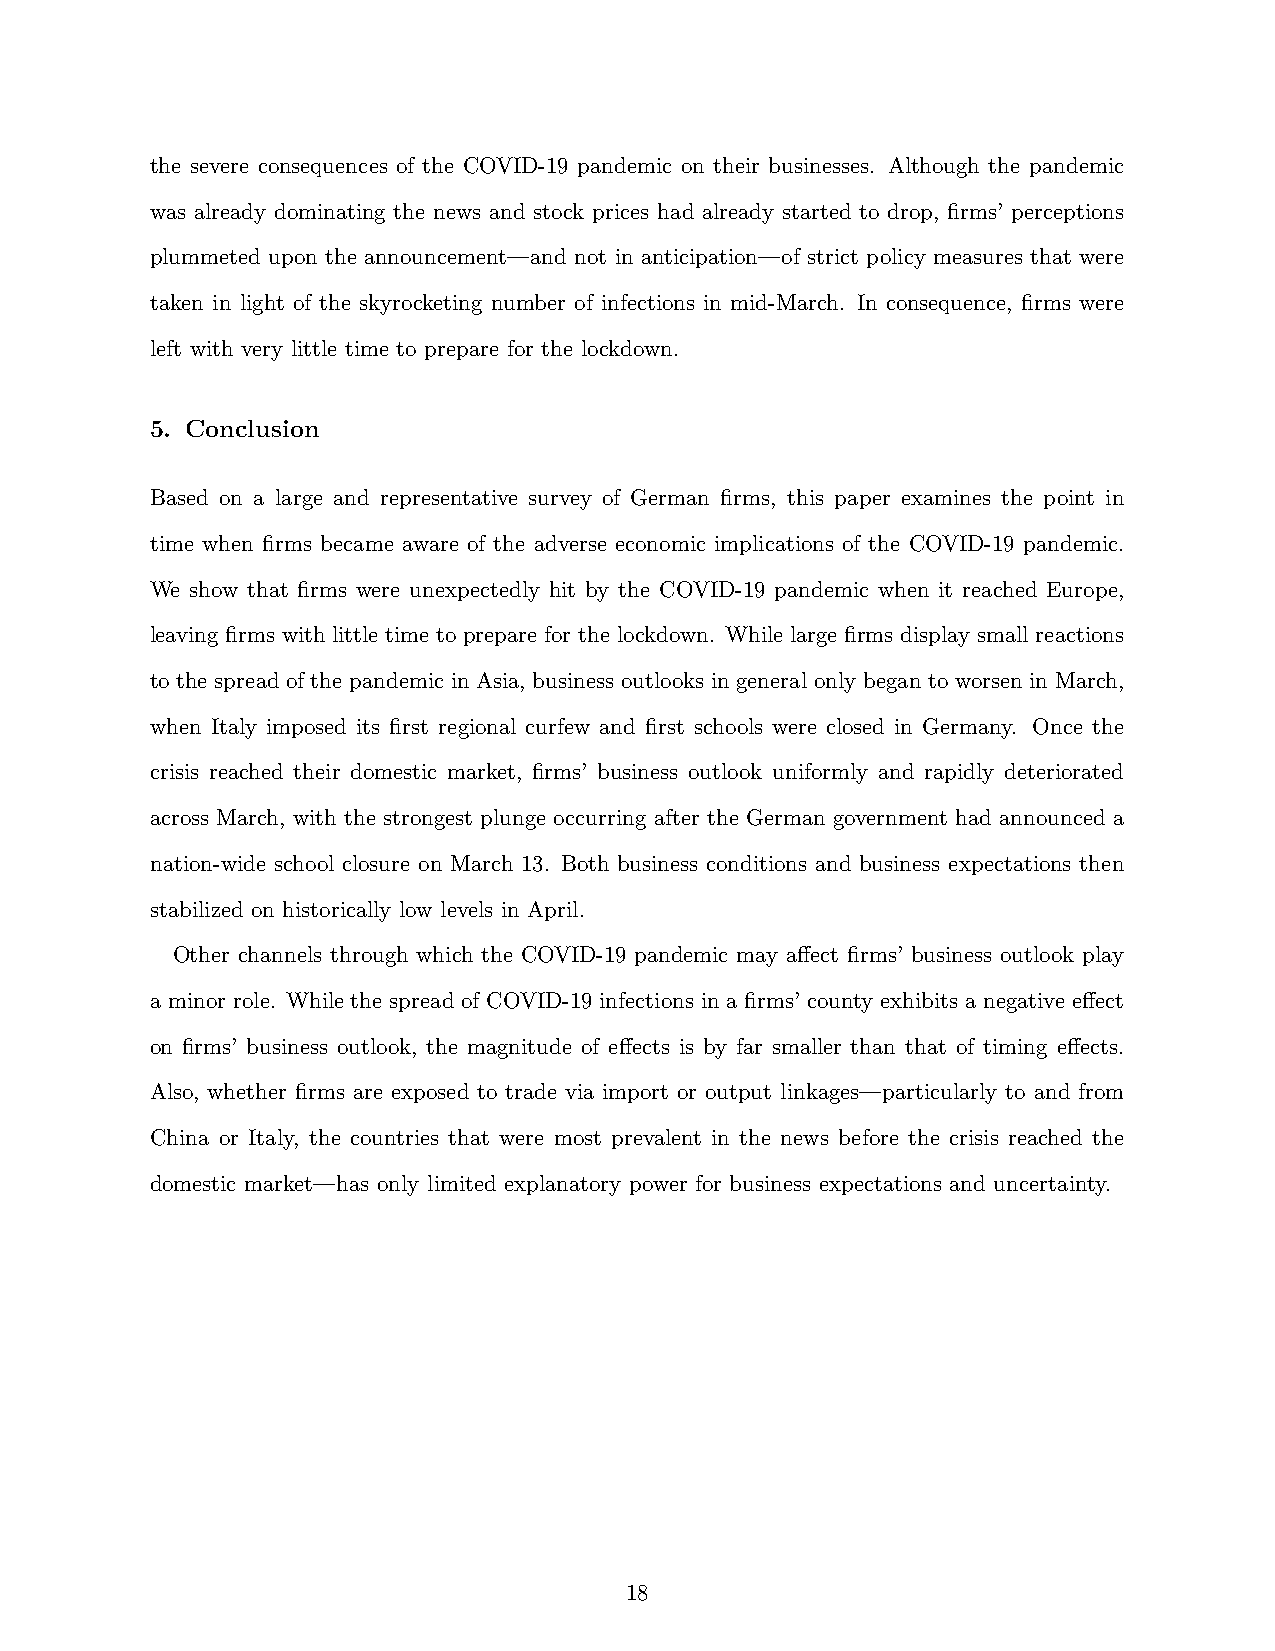
the severe consequences of the COVID-19 pandemic on their businesses. Although the pandemic
 was already dominating the news and stock prices had already started to drop, firms’ perceptions
 plummeted upon the announcement—and not in anticipation—of strict policy measures that were
 taken in light of the skyrocketing number of infections in mid-March. In consequence, firms were
 left with very little time to prepare for the lockdown.
 5. Conclusion
 Based on a large and representative survey of German firms, this paper examines the point in
 time when firms became aware of the adverse economic implications of the COVID-19 pandemic.
 We show that firms were unexpectedly hit by the COVID-19 pandemic when it reached Europe,
 leaving firms with little time to prepare for the lockdown. While large firms display small reactions
 to the spread of the pandemic in Asia, business outlooks in general only began to worsen in March,
 when Italy imposed its first regional curfew and first schools were closed in Germany. Once the
 crisis reached their domestic market, firms’ business outlook uniformly and rapidly deteriorated
 across March, with the strongest plunge occurring after the German government had announced a
 nation-wide school closure on March 13. Both business conditions and business expectations then
 stabilized on historically low levels in April.
 Other channels through which the COVID-19 pandemic may affect firms’ business outlook play
 a minor role. While the spread of COVID-19 infections in a firms’ county exhibits a negative effect
 on firms’ business outlook, the magnitude of effects is by far smaller than that of timing effects.
 Also, whether firms are exposed to trade via import or output linkages—particularly to and from
 China or Italy, the countries that were most prevalent in the news before the crisis reached the
 domestic market—has only limited explanatory power for business expectations and uncertainty.
 18